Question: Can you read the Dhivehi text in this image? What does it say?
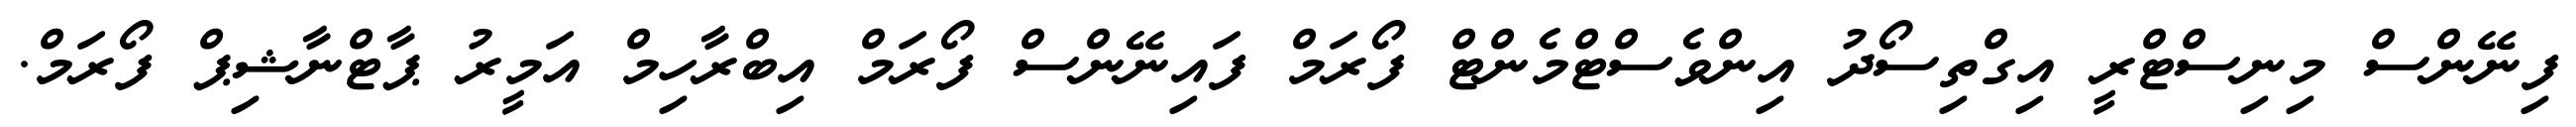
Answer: ފިނޭންސް މިނިސްޓްރީ އިގްތިސޯދު އިންވެސްޓްމެންޓް ފޯރަމް ފައިނޭންސް ފޯރަމް އިބްރާހިމް އަމީރު ޕާޓްނާޝިޕް ފޯރަމް.